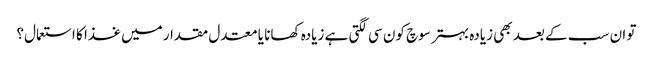
تو ان سب کے بعد بھی زیادہ بہتر سوچ کون سی لگتی ہے زیادہ کھانا یا معتدل مقدار میں غذا کا استعمال؟